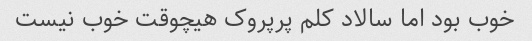
خوب بود اما سالاد کلم پرپروک هیچوقت خوب نیست